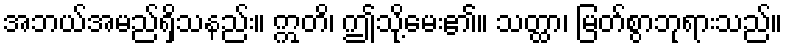
အဘယ်အမည်ရှိသနည်း။ ဣတိ၊ ဤသို့မေး၏။ သတ္ထာ၊ မြတ်စွာဘုရားသည်။